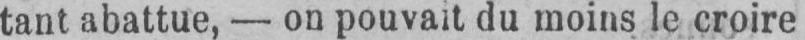
tant abattue, - on pouvait du moins le croire